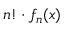
n ! \cdot f _ { n } ( x )